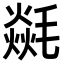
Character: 㲭